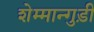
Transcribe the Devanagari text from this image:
शेम्मान्गुड़ी